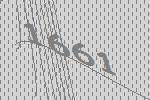
1661